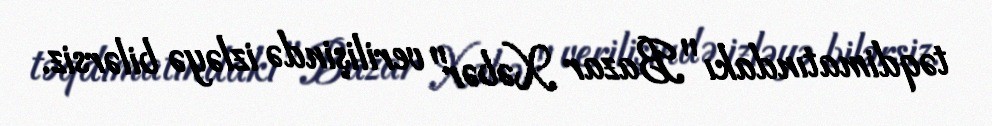
təqdimatındakı "Bazar Xəbər" verilişində izləyə bilərsiz.